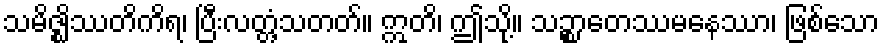
သမိဇ္ဈိဿတိကိရ၊ ပြီးလတ္တံ့သတတ်။ ဣတိ၊ ဤသို့။ သဉ္စာတေဿမနေဿာ၊ ဖြစ်သော